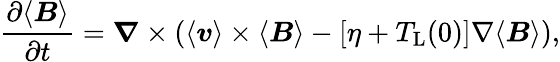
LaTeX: \frac{\partial\langle\boldsymbol{B}\rangle}{\partial t}=\boldsymbol{\nabla}\times(\langle\boldsymbol{v}\rangle\times\langle\boldsymbol{B}\rangle-[\eta+T_{\mathrm{L}}(0)]\nabla\langle\boldsymbol{B}\rangle),